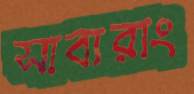
সাবারাং